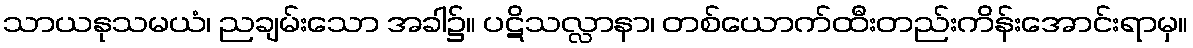
သာယနုသမယံ၊ ညချမ်းသော အခါ၌။ ပဋိသလ္လာနာ၊ တစ်ယောက်ထီးတည်းကိန်းအောင်းရာမှ။